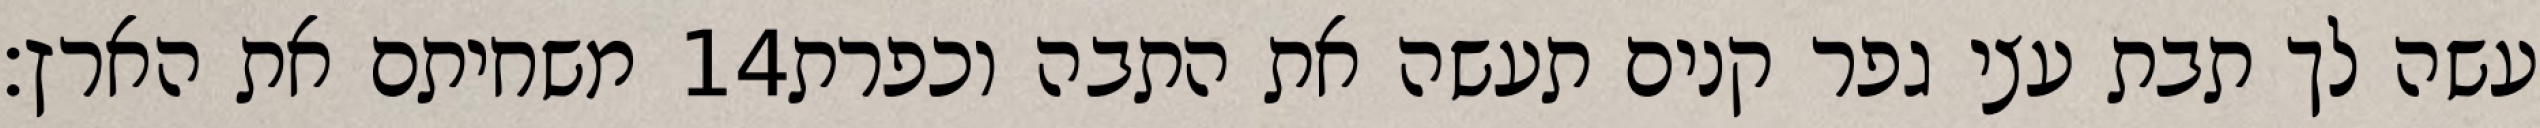
משחיתם את הארץ׃ ‎14‏ עשה לך תבת עצי גפר קנים תעשה את התבה וכפרת